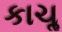
કાચૢ